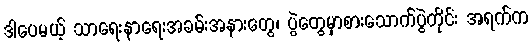
ဒါပေမယ့် သာရေးနာရေးအခမ်းအနားတွေ၊ ပွဲတွေမှာစားသောက်ပွဲတိုင်း အရက်က